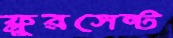
ফ্লুরসেন্ট